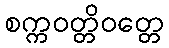
စက္ကဝတ္တိဝတ္တေ